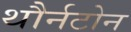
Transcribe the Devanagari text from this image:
थौर्नटोन